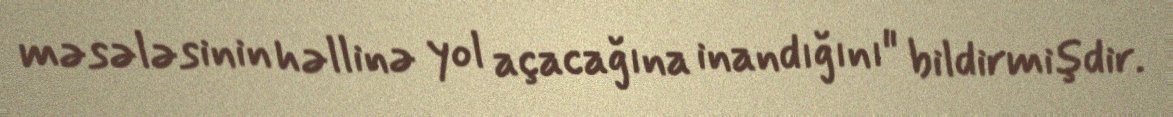
məsələsinin həllinə yol açacağına inandığını" bildirmişdir.